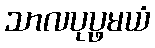
သာလပုပ္ဖမယံ